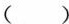
()